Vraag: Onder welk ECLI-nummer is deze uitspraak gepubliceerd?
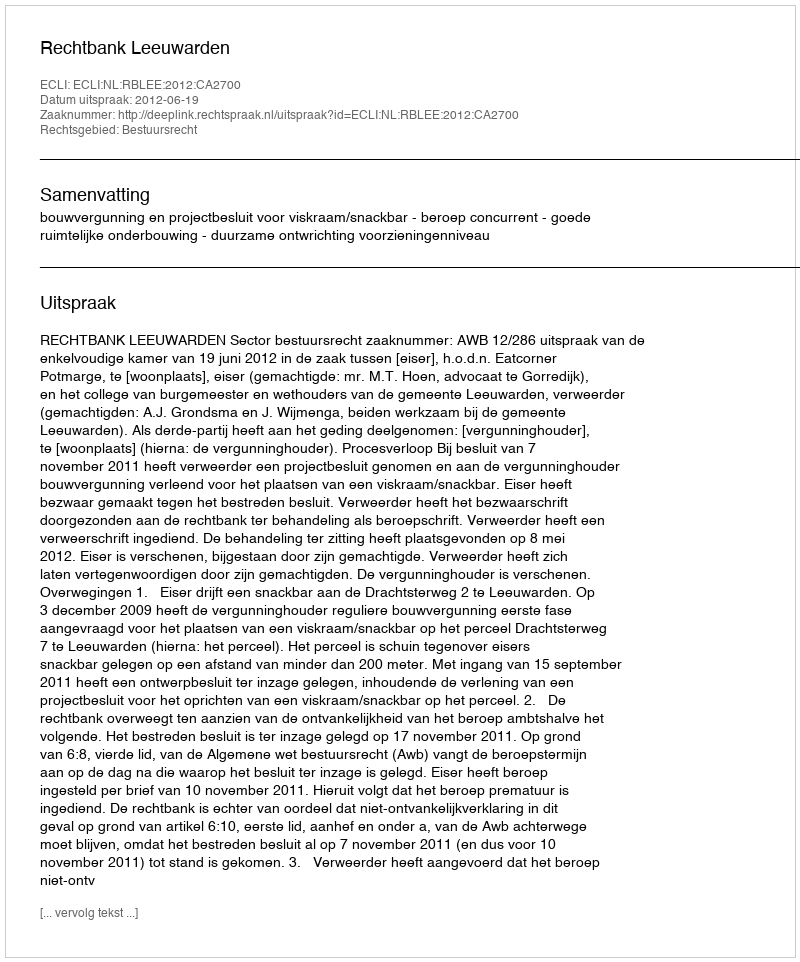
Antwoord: ECLI:NL:RBLEE:2012:CA2700